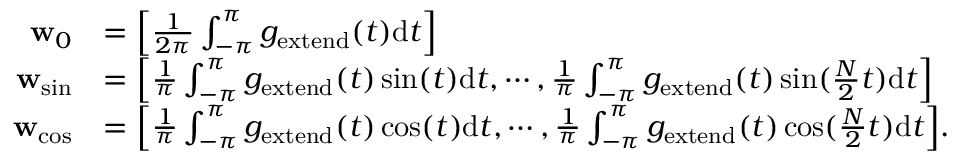
\begin{array} { r l } { \mathbf { w } _ { 0 } } & { = \Big [ \frac { 1 } { 2 \pi } \int _ { - \pi } ^ { \pi } g _ { \mathrm { e x t e n d } } ( t ) \mathrm { d } t \Big ] } \\ { \mathbf { w } _ { \mathrm { s i n } } } & { = \Big [ \frac { 1 } { \pi } \int _ { - \pi } ^ { \pi } g _ { \mathrm { e x t e n d } } ( t ) \sin ( t ) \mathrm { d } t , \cdots , \frac { 1 } { \pi } \int _ { - \pi } ^ { \pi } g _ { \mathrm { e x t e n d } } ( t ) \sin ( \frac { N } { 2 } t ) \mathrm { d } t \Big ] } \\ { \mathbf { w } _ { \mathrm { c o s } } } & { = \Big [ \frac { 1 } { \pi } \int _ { - \pi } ^ { \pi } g _ { \mathrm { e x t e n d } } ( t ) \cos ( t ) \mathrm { d } t , \cdots , \frac { 1 } { \pi } \int _ { - \pi } ^ { \pi } g _ { \mathrm { e x t e n d } } ( t ) \cos ( \frac { N } { 2 } t ) \mathrm { d } t \Big ] . } \end{array}